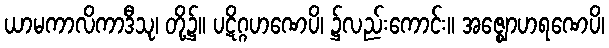
ယာမကာလိကာဒီသု၊ တို့၌။ ပဋိဂ္ဂဟဏေပိ၊ ၌လည်းကောင်း။ အဇ္ဈောဟရဏေပိ၊